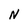
Character: N